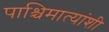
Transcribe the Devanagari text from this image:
पाश्चिमात्यांशी